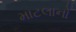
માટલાનો